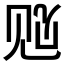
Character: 𲁓